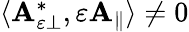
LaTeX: \begin{array}{r}{\langle\mathbf{A}_{\varepsilon\perp}^{*},\varepsilon\mathbf{A}_{\parallel}\rangle\neq 0}\end{array}